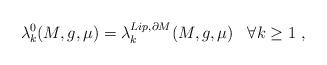
LaTeX: \begin{align*} \lambda_k^0(M,g,\mu) = \lambda^{Lip,\partial M}_k(M,g,\mu)\;\;\; \forall k \geq 1 \; ,\end{align*}